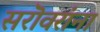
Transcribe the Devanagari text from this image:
सरॊवरांना